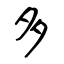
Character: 多